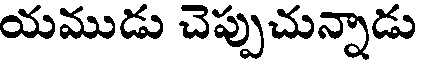
యముడు చెప్పుచున్నాడు